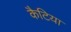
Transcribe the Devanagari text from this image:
कैटिया